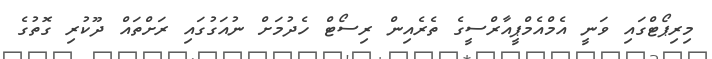
މިރިޕޯޓްގައި ވަނީ އެމްއެމްޕީއާރްސީގެ ތެރެއިން ރިސޯޓް ހެދުމަށް ނުއަގުގައި ރަށްތައް ދޫކުރި ގޮތުގެ